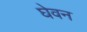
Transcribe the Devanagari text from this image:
घेवन